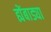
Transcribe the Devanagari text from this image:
ह्येंबाड्या